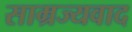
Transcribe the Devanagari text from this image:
साम्रज्यवाद